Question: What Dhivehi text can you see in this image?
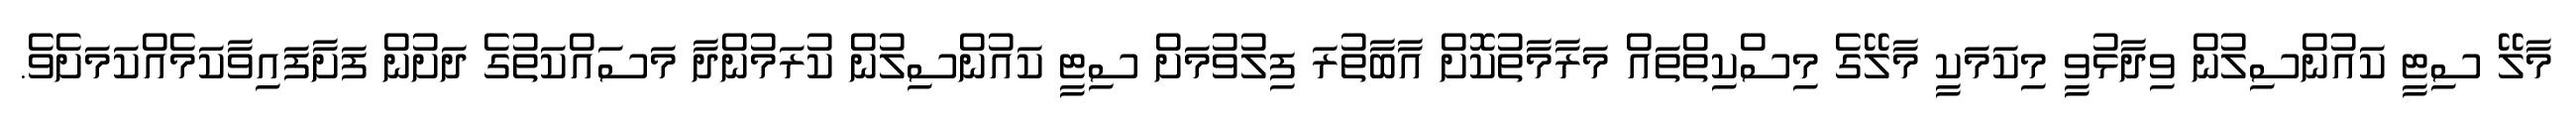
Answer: މާލޭ ސިޓީ ކައުންސިލުން ވިދާޅުވީ މިކަމަކީ މާލޭގެ މިސްކިތްތައް މަރާމާތުކޮށް އާބާތުރަ ފިލުވުމަށް ސިޓީ ކައުންސިލުން ކުރަމުންދާ މަސައްކަތުގެ ދަށުން ފަށާފައިވާކަމެއްކަމަށެވެ.